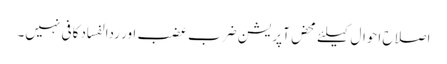
اصلاح احوال کیلئے محض آپریشن ضرب عضب اور ردالفساد کافی نہیں۔